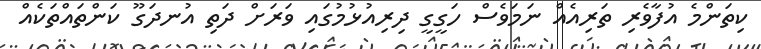
ކިތަންމެ އުފާވެރި ތަރިއެއް ނަމަވެސް ހަގީގީ ދިރިއުޅުމުގައި ވަރަށް ދަތި އުނދަގޫ ކަންތައްތަކެއް